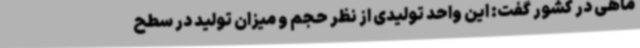
ماهی در کشور گفت: این واحد تولیدی از نظر حجم و میزان تولید در سطح